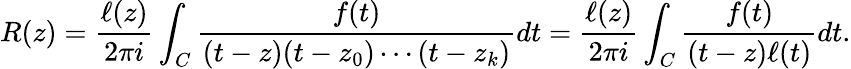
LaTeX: R(z)={\frac{\ell(z)}{2\pi i}}\int_{C}{\frac{f(t)}{(t-z)(t-z_{0})\cdots(t-z_{k})}}dt={\frac{\ell(z)}{2\pi i}}\int_{C}{\frac{f(t)}{(t-z)\ell(t)}}dt.